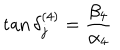
\tan \delta _ { j } ^ { ( 4 ) } = { \frac { \beta _ { 4 } } { \alpha _ { 4 } } }